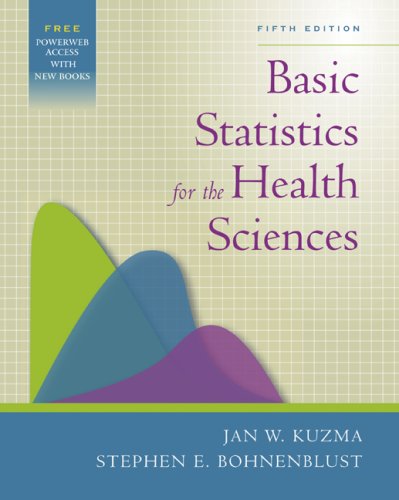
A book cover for Basic Statistics for the Health Sciences; Jan Kuzma; Medical Books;